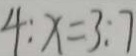
4 : x = 3 : 7